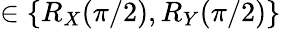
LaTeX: \in\{ R_{X}(\pi/2),R_{Y}(\pi/2)\}